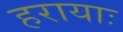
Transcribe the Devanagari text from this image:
हरायाः